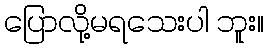
ပြောလို့မရသေးပါ ဘူး။